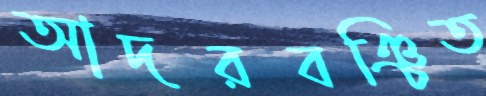
আদরবঞ্চিত